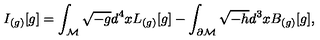
I _ { ( g ) } [ g ] = \int _ { \cal M } \sqrt { - g } d ^ { 4 } x L _ { ( g ) } [ g ] - \int _ { \partial { \cal M } } \sqrt { - h } d ^ { 3 } x B _ { ( g ) } [ g ] ,